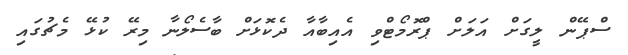
ސްޕޭން ލީގަށް އަލަށް ޕްރޮމޯޓްވި އެއިބާއާ ދެކޮޅަށް ބާސެލޯނާ މިރޭ ކުޅޭ މެޗުގައި